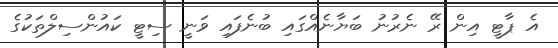
އެ ޕާޓީ އިން ރޭ ނެރުނު ބަޔާނެއްގައި ބުނެފައި ވަނީ ސިޓީ ކައުންސިލްތަކުގެ